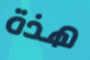
هذة